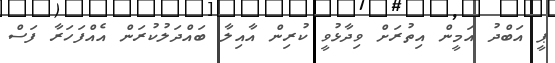
ޕީ އަބްދު އަމީން އިތުރަށް ވިދާޅުވީ ކުރިން އާއިލާ ބައްދަލުކުރަން އެއްފަހަރާ ފަސް